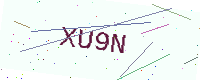
Text: XU9N